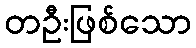
တဦးဖြစ်သော